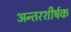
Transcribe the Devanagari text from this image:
अन्तरशीर्षक